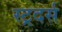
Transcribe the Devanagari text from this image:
स्ट्रदर्स